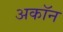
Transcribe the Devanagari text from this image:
अकॉन